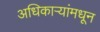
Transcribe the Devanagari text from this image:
अधिकाऱ्यांमधून